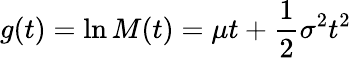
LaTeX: g(t)=\ln M(t)=\mu t+{\frac{1}{2}}\sigma^{2}t^{2}